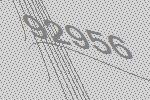
92956